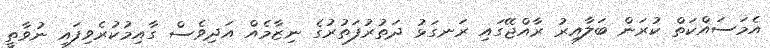
އެމަސައްކަތް ކުރަން ބަލާއިރު ރާއްޖޭގައި ރަނގަޅު ދަތުރުފަތުރުގެ ނިޒާމެއް އަދިވެސް ގާއިމުކުރެވިފައި ނުވާތީ